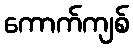
ကောက်ကျစ်